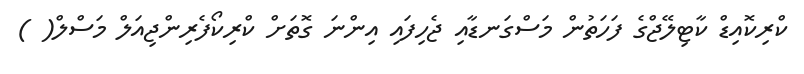
ކްރިކޮއިޑް ކާޓިލޭޖްގެ ފަހަތުން މަސްގަނޑާއި ޖެހިފައި އިންނަ ގޮތަށް ކްރިކޯފެރިންޖިއަލް މަސްލް( )